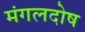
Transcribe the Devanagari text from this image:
मंगलदोष